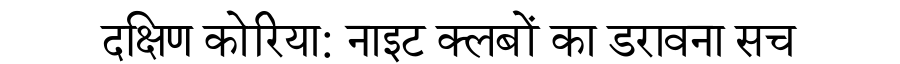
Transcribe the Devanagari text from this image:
दक्षिण कोरिया: नाइट क्लबों का डरावना सच